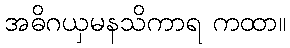
အဓိဂယှမနသိကာရ ကထာ။